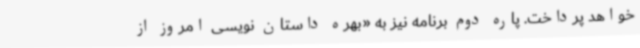
خواهد پرداخت. پاره دوم برنامه نیز به «بهره داستان نویسی امروز از